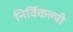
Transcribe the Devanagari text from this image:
निर्विकल्पी